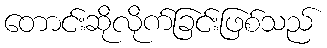
တောင်းဆိုလိုက်ခြင်းဖြစ်သည်